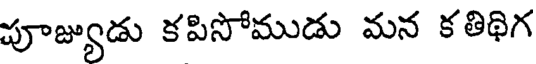
పూజ్యుడు కపిసోముడు మన కతిథిగ